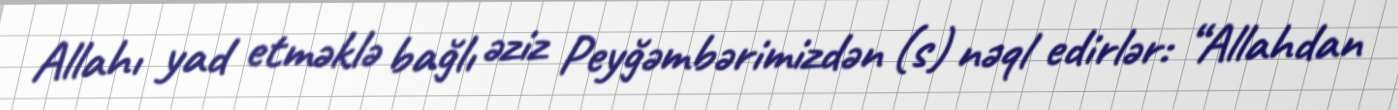
Allahı yad etməklə bağlı əziz Peyğəmbərimizdən (s) nəql edirlər: “Allahdan